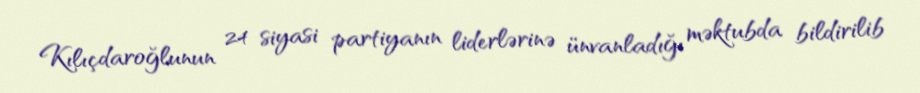
Kılıçdaroğlunun 24 siyasi partiyanın liderlərinə ünvanladığı məktubda bildirilib